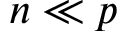
n \ll p